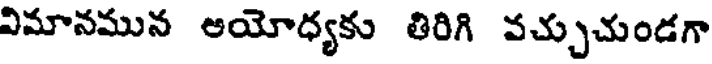
విమానమున ఆయోధ్యకు తిరిగి వచ్చుచుండగా